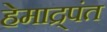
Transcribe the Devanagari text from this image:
हेमाद्र्पंत